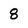
Character: 8